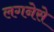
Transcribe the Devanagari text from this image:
लगनेसे